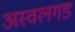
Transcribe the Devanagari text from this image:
अस्वलगड